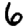
Digit: 6